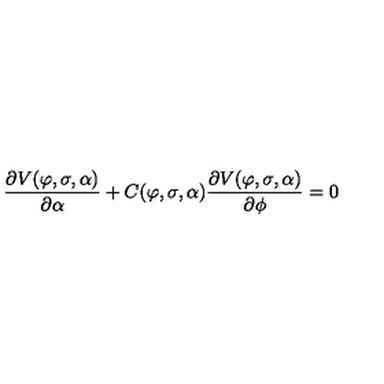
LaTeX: \frac { \partial V ( \varphi , \sigma , \alpha ) } { \partial \alpha } + C ( \varphi , \sigma , \alpha ) \frac { \partial V ( \varphi , \sigma , \alpha ) } { \partial \phi } = 0